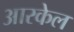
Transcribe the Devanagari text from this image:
आरकेल